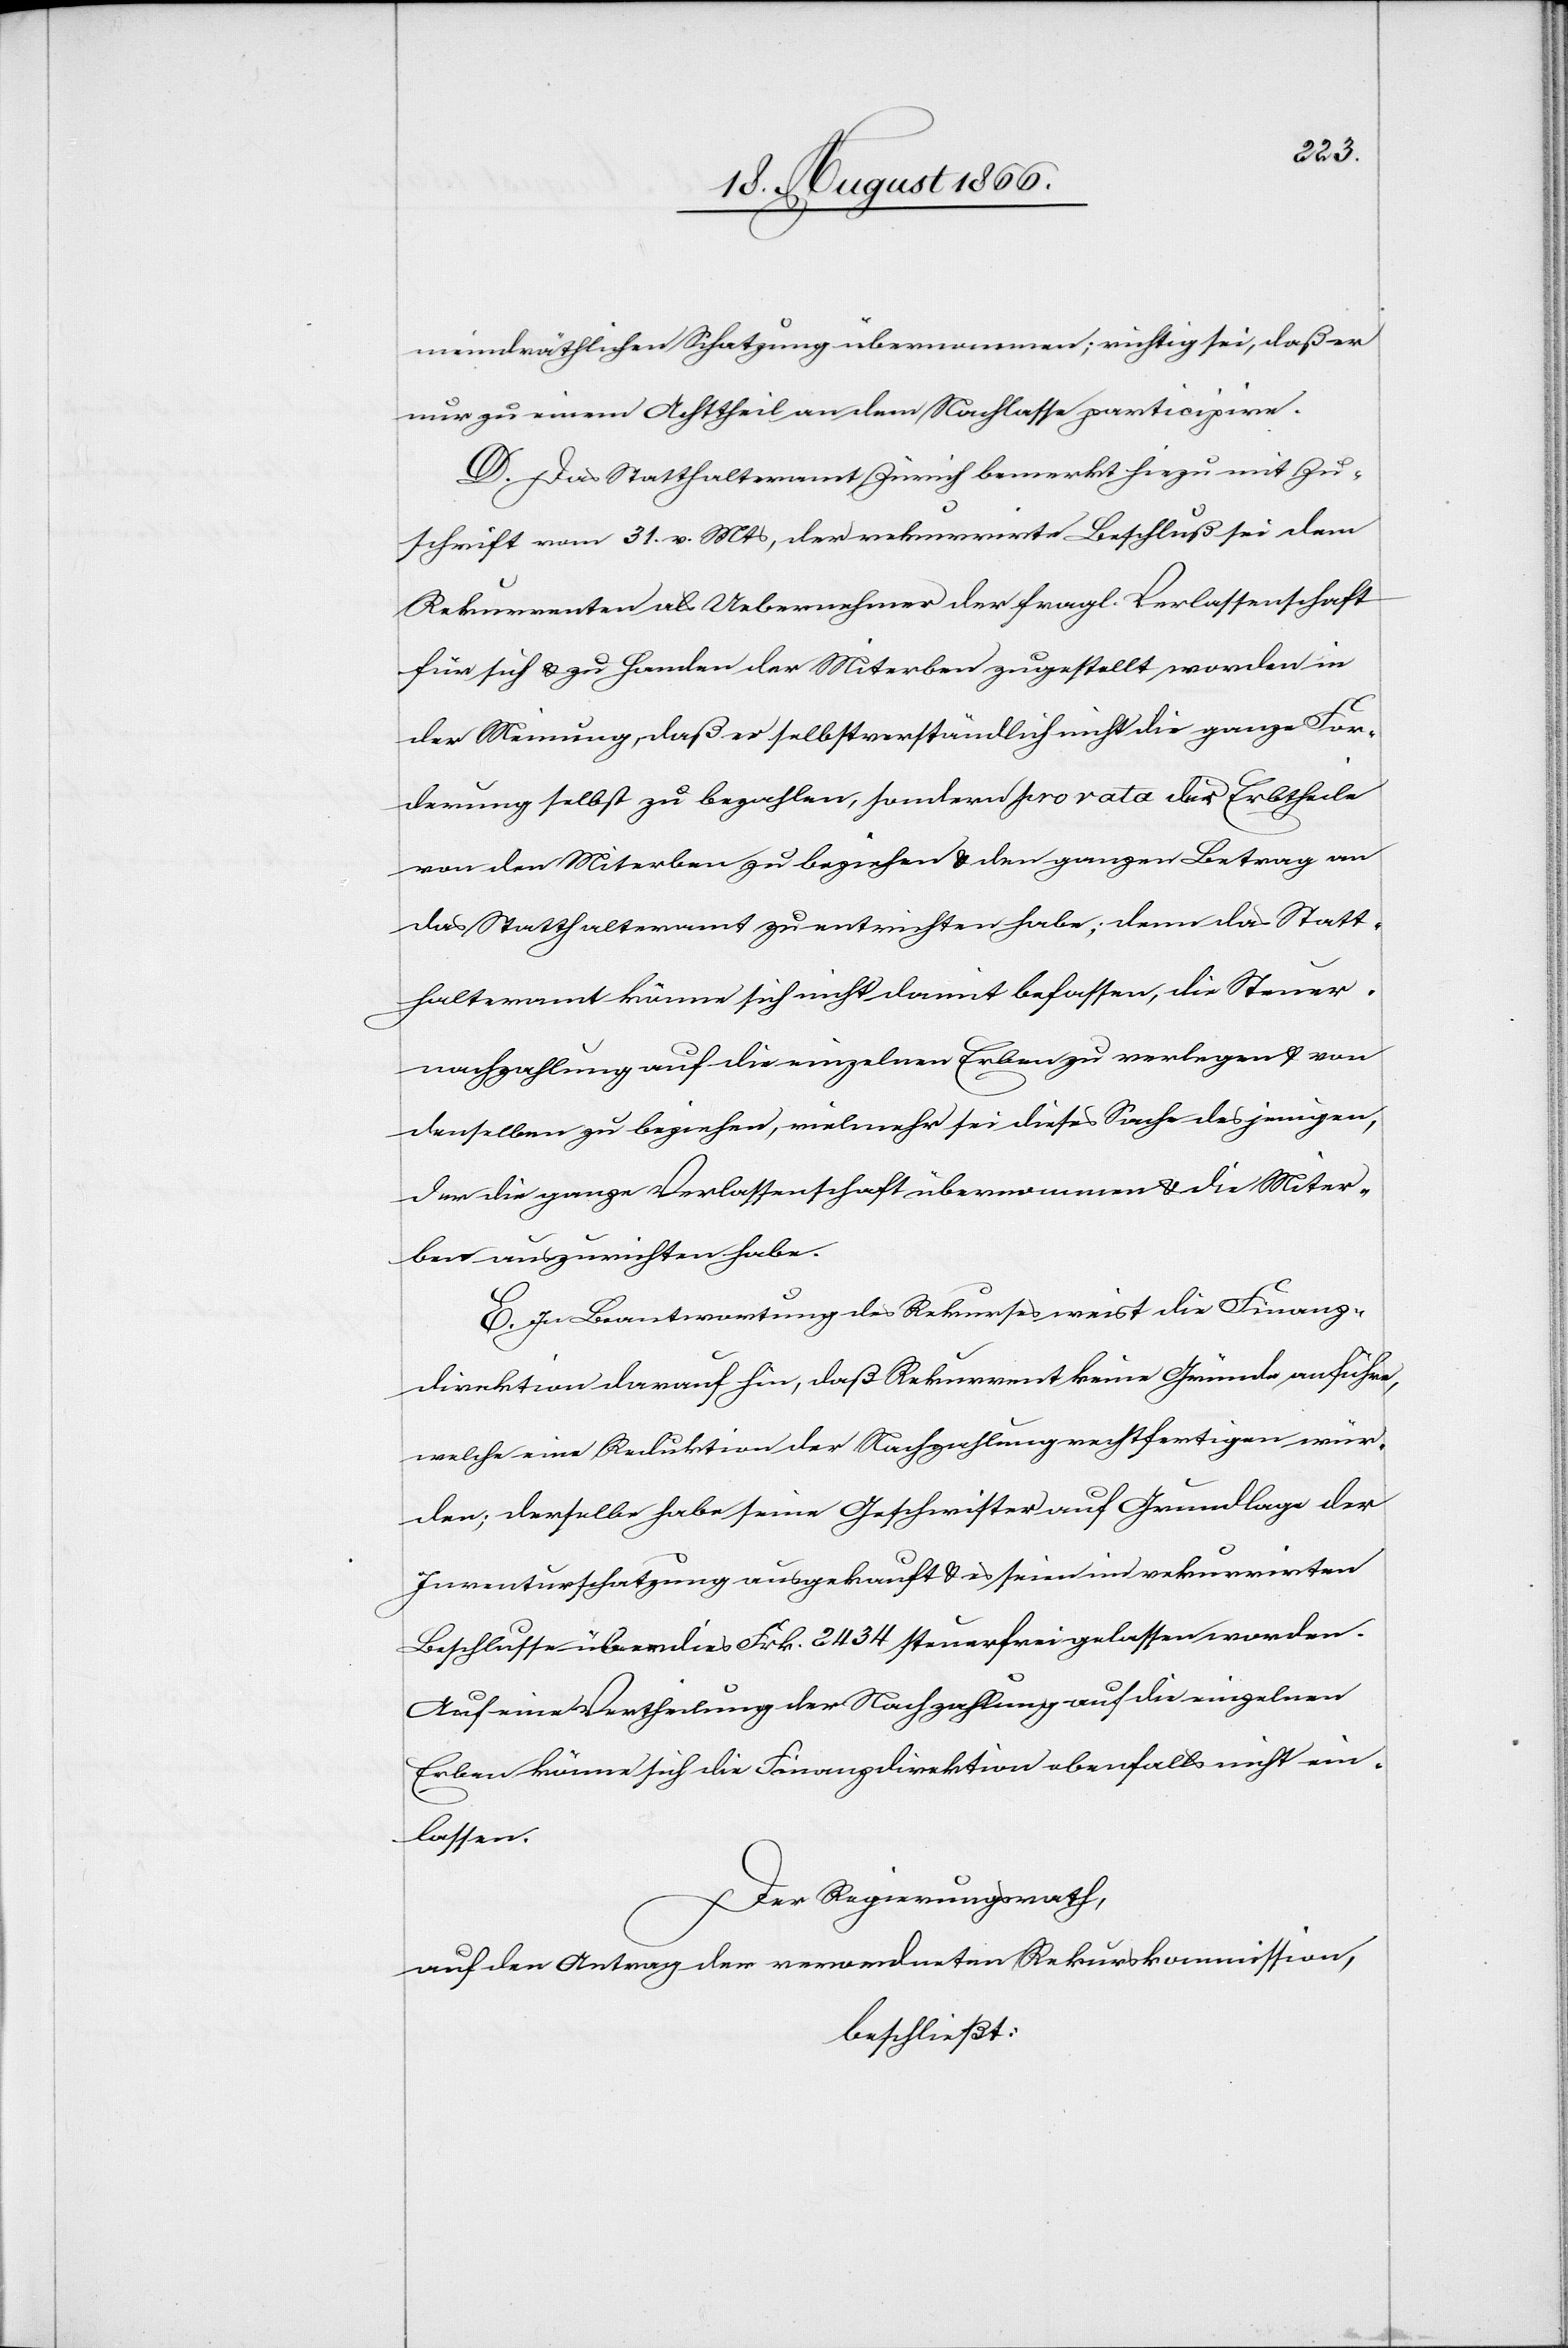
meindräthlichen Schatzung übernommen; richtig sei, daß er
nur zu einem Achttheil an dem Nachlasse participire.
D. Das Statthalteramt Zürich bemerkt hiezu mit Zu¬
schrift vom 31. v. Mts, der rekurrirte Beschluß sei dem
Rekurrenten als Uebernehmer der fragl. Verlassenschaft
für sich u. zu Handen der Miterben zugestellt worden in
der Meinung, daß er selbstverständlich nicht die ganze For¬
derung selbst zu bezahlen, sondern pro rata die die Erbtheile
von den Miterben zu beziehen u. den ganzen Betrag an
das Statthalteramt zu entrichten habe; denn das Statt¬
halteramt könne sich nicht damit befassen, die Steuer¬
nachzahlung auf die einzelnen Erben zu verlegen u. von
denselben zu beziehen, vielmehr sei dieses Sache desjenigen,
der die ganze Verlassenschaft übernommen u. die Miter¬
ben auszurichten habe.
E. In Beantwortung des Rekurses weist die Finanz¬
direktion darauf hin, daß Rekurrent keine Gründe anführe,
welche eine Reduktion der Nachzahlung rechtfertigen wür¬
den; derselbe habe seine Geschwister auf Grundlage der
Inventurschatzung ausgekauft u. es seien im rekurrirten
Beschlusse überdies Frk. 2434 steuerfrei gelassen worden.
Auf eine Vertheilung der Nachzahlung auf die einzelnen
Erben könne sich die Finanzdirektion ebenfalls nicht ein¬
lassen.
Der Regierungsrath,
auf den Antrag der verordneten Rekurskommission,
beschließt: